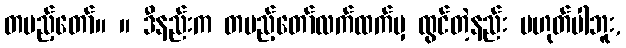
တပည့်တော်။ ။ ဒီနည်းက တပည့်တော်လက်ထက်မှ ထွင်တဲ့နည်း မဟုတ်ပါဘူး,